Vaccination in Bombay 1863-1868 - 1863-1868
Year: 1863
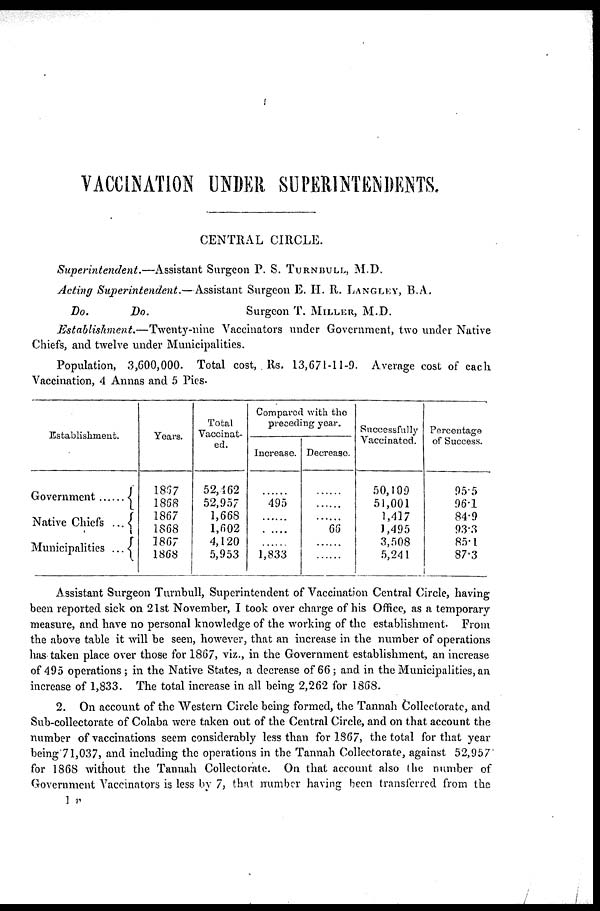
VACCINATION UNDER SUPERINTENDENTS.
CENTRAL CIRCLE.
Superintendent.—Assistant
Surgeon P. S. TURNBULL, M.D.
Acting Superintendent.—Assistant
Surgeon E. H. R. LANGLEY, B.A.
Do.
Do.
Surgeon T. MILLER, M.D.
Establishment.—Twenty-nine
Vaccinators under Government, two under Native
Chiefs, and twelve under Municipalities.
Population, 3,600,000. Total cost, Rs. 13,671-11-9. Average cost of each
Vaccination, 4 Annas and 5 Pies.
Establishment.
Government
Native Chiefs ...
Municipalities ...
Years.
1857
1868
1867
1868
1867
1868
Total
Vaccinat-
ed.
52,462
52,957
1,668
1,602
4,120
5,953
Compared with the
preceding year.
Increase.
......
495
......
......
......
1,833
Decrease.
......
......
.......
66
......
......
Successfully
Vaccinated.
50,109
51,001
1,417
1,495
3,508
5,241
Percentage
of Success.
95.5
96.1
84.9
93.3
85.1
87.3
Assistant Surgeon Turnbull, Superintendent of Vaccination Central Circle, having
been reported sick on 21st November, I took over charge of his Office, as a temporary
measure, and have no personal knowledge of the working of the establishment. From
the above table it will be seen, however, that an increase in the number of operations
has taken place over those for 1867, viz., in the Government establishment, an increase
of 495 operations; in the Native States, a decrease of 66; and in the Municipalities, an
increase of 1,833. The total increase in all being 2,262 for 1868.
2. On account of the Western Circle being formed, the Tannah Collectorate, and
Sub-collectorate of Colaba were taken out of the Central Circle, and on that account the
number of vaccinations seem considerably less than for 1867, the total for that year
being 71,037, and including the operations in the Tannah Collectorate, against 52,957
for 1868 without the Tannah Collectorate. On that account also the number of
Government Vaccinators is less by 7, that number having been transferred from the
1 v